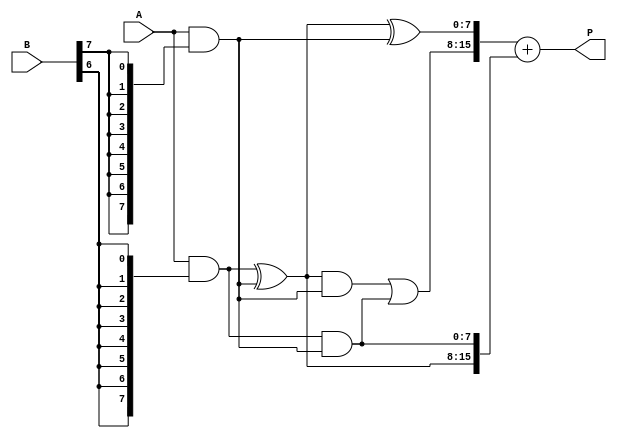
module AdaptiveWallaceTreeMultiplier #(parameter N = 8) (
    input  wire [N-1:0] A,  // N-bit input A
    input  wire [N-1:0] B,  // N-bit input B
    output wire [2*N-1:0] P // 2N-bit output product P
);

    // Generate partial products
    wire [N-1:0] pp [0:N-1]; // Partial products array
    genvar i;
    generate
        for (i = 0; i < N; i = i + 1) begin : pp_gen
            assign pp[i] = A & {N{B[i]}}; // AND each bit of B with A
        end
    endgenerate

    // Wallace Tree Reduction
    wire [N-1:0] sum [0:N-1]; // Intermediate sums
    wire [N-1:0] carry [0:N-1]; // Intermediate carries

    // Initial stage: sum pairs of partial products
    generate
        for (i = 0; i < N; i = i + 1) begin : reduction_stage
            if (i % 3 == 0) begin
                assign sum[i] = pp[i] ^ pp[i+1]; // Half adder for first two
                assign carry[i] = pp[i] & pp[i+1];
            end
            else if (i % 3 == 1) begin
                assign sum[i] = sum[i-1] ^ pp[i]; // Full adder
                assign carry[i] = (sum[i-1] & pp[i]) | carry[i-1];
            end
            else if (i % 3 == 2) begin
                assign sum[i] = sum[i-1] ^ carry[i-1]; // Full adder
                assign carry[i] = sum[i-1] & carry[i-1];
            end
        end
    endgenerate

    // Final addition stage
    wire [2*N-1:0] final_sum;
    wire [2*N-1:0] final_carry;

    // Using a simple adder for final stage (could be optimized with CLA)
    assign final_sum = {carry[N-1], sum[N-1]} + {1'b0, sum[N-2], carry[N-2]};

    // Final product output
    assign P = final_sum;

endmodule